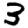
Digit: 3